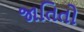
જાતિતો